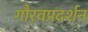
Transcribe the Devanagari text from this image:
गौरवप्रदर्शन